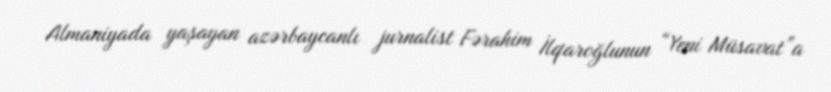
Almaniyada yaşayan azərbaycanlı jurnalist Fərahim İlqaroğlunun “Yeni Müsavat”a